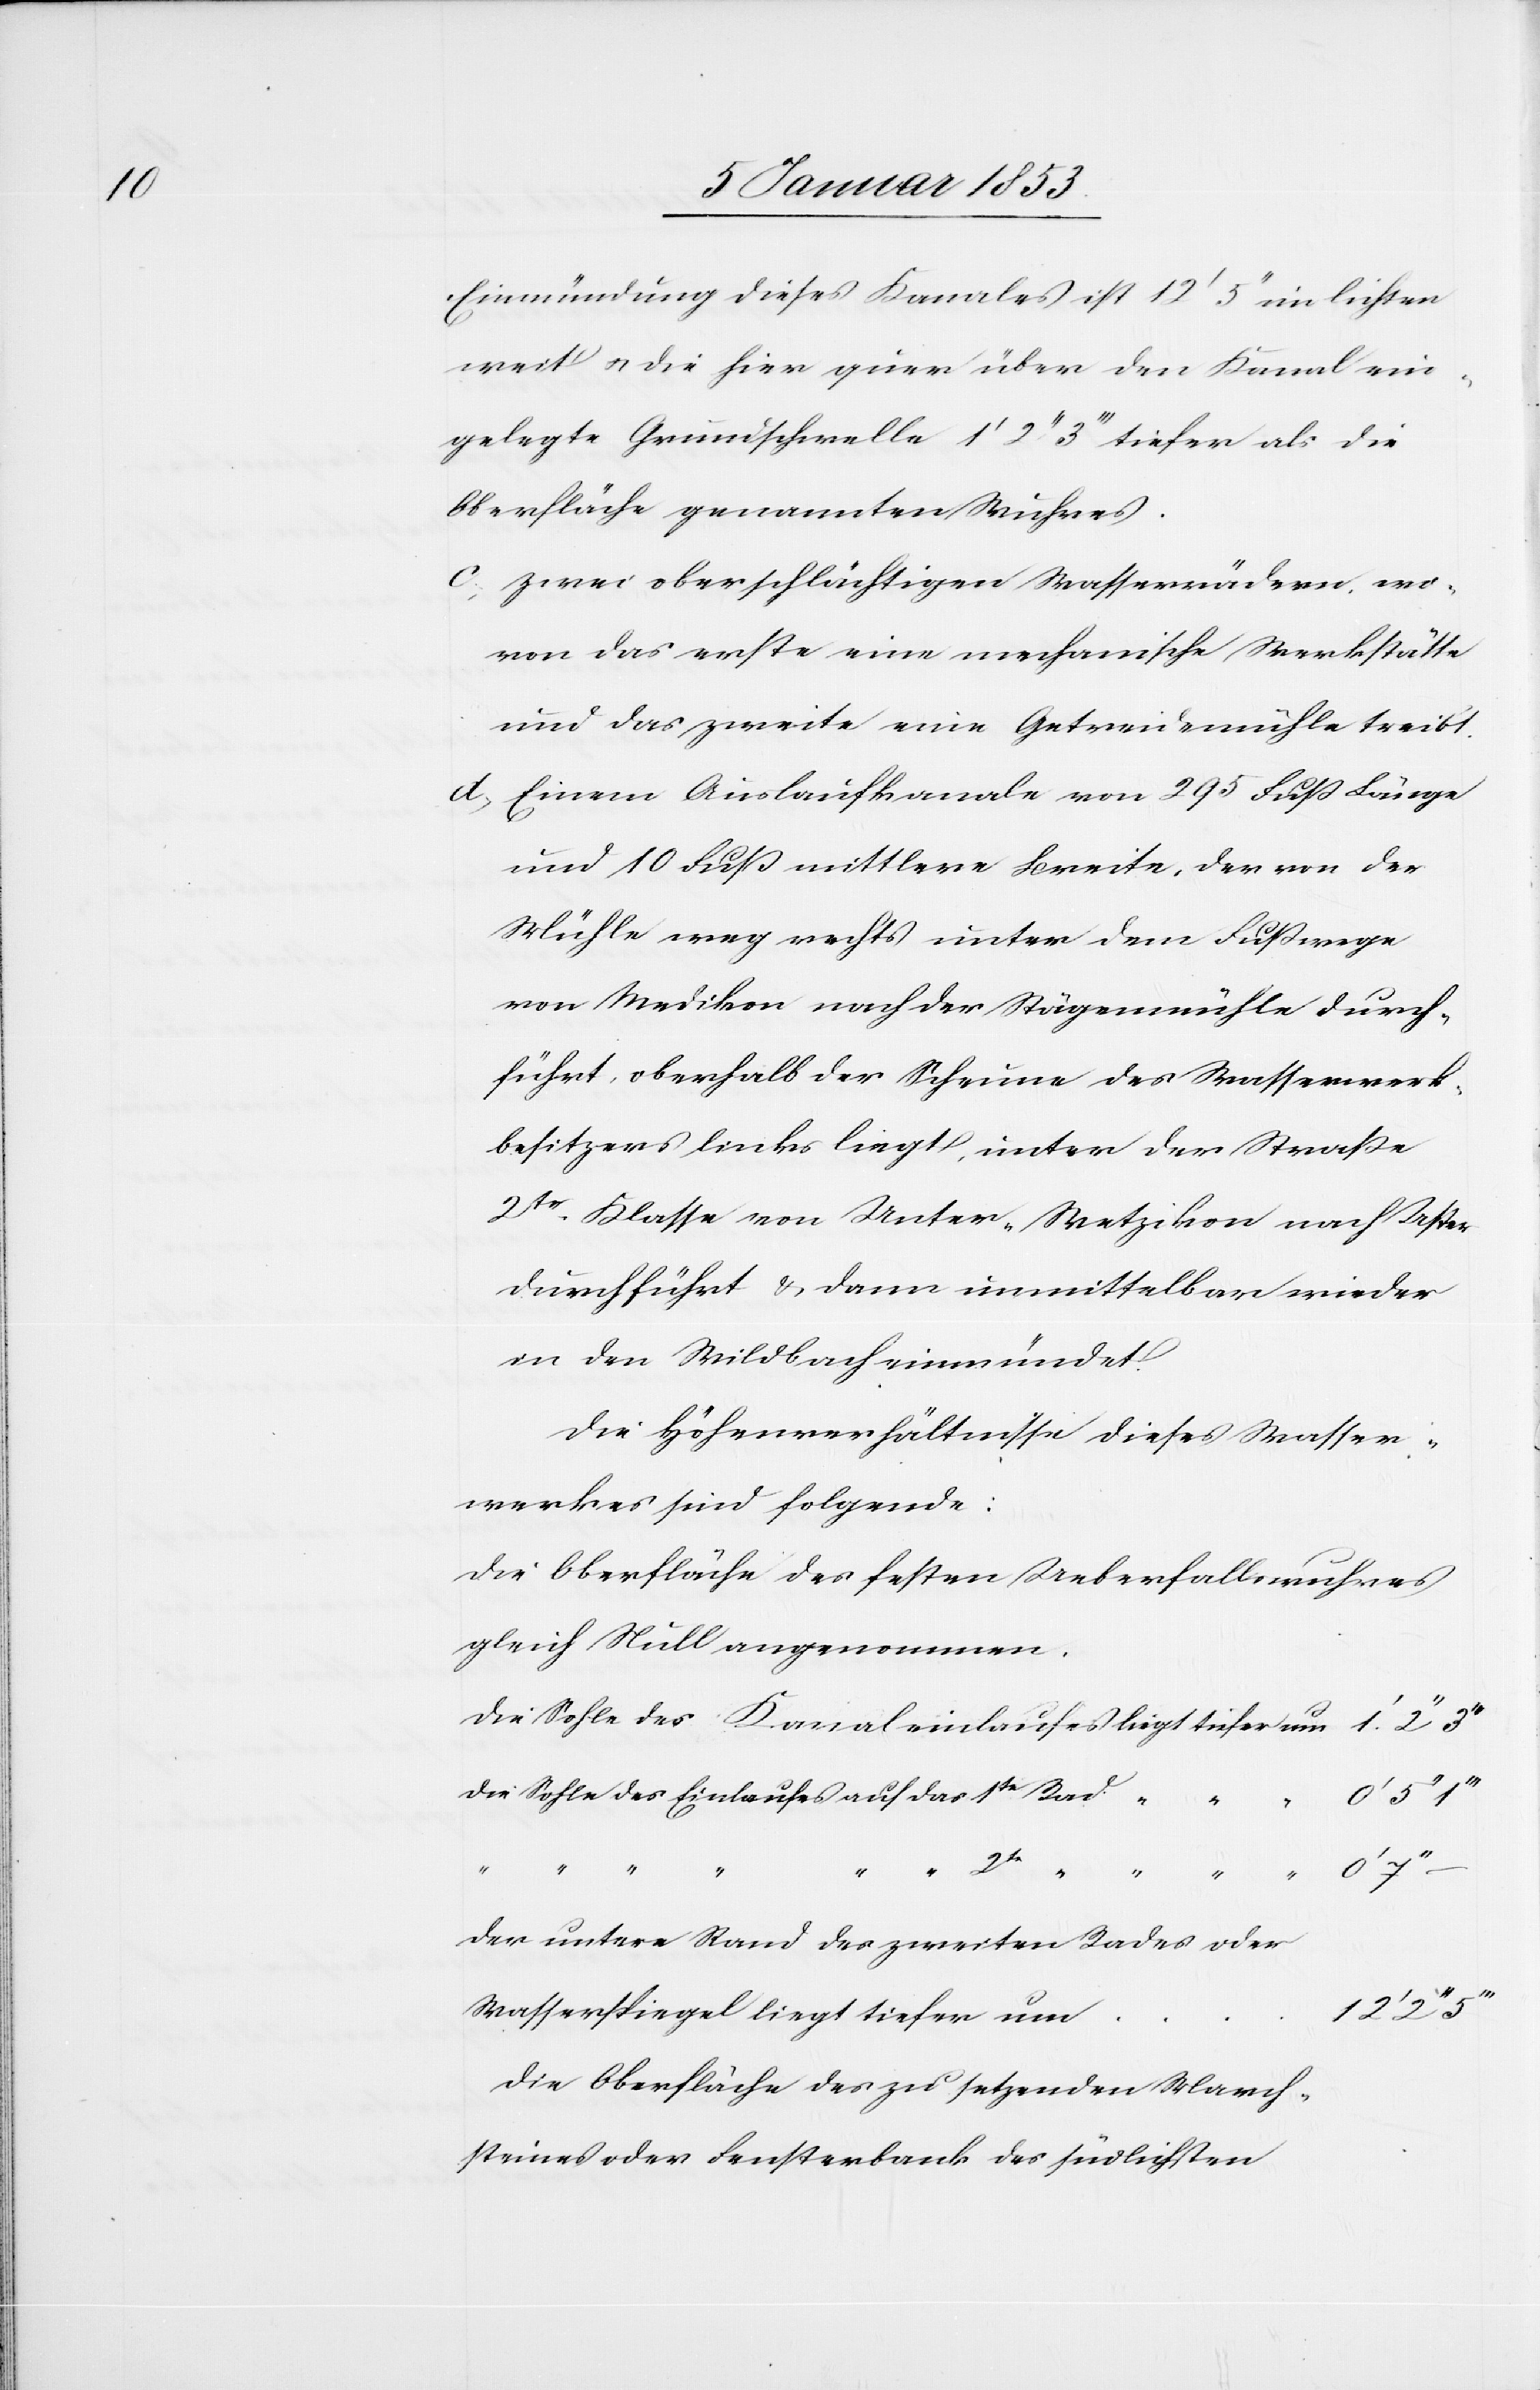
Einmündung dieses Kanales ist 12’ 5’’ im lichten
weit u. die hier quer über den Kanal ein¬
gelegte Grundschwelle 1’ 2’’ 3’’’ tiefer als die
Oberfläche genannten Weihers.
c. Zwei oberschlächtigen Wasserwühren, wo¬
von das erste eine mechanische Werkstätte
und das zweite eine Getreidemühle treibt.
d. Einen Auslaufkanale von 295. Fuß Länge
und 10. Fuß mittlere Breite, der von der
Mühle weg rechts unter dem Fußwege
von Medikon nach der Stägenmühle durch¬
führt, oberhalb der Scheune des Wasserwerk¬
besitzers links liegt, unter der Straße
2tr. Klasse von Unter-Wetzikon nach Uster
durchführt u. dann unmittelbar wieder
in den Wildbach einmündet.
Die Höhenverhältnisse dieses Wasser¬
werkes sind folgende:
die Oberfläche des festen Ueberfallswuhres
gleich Null angenommen.
die Sohle des Kanaleinlaufes 	liegt tiefer um		1’ 2’’
die Sohle des Einlaufes auf das 1te.
m	12’
der untere Rand des zweiten Rades oder
Wasserspiegel liegt tiefer u¬
die Oberfläche des zu setzenden March¬
steines oder Fensterbank des südlichsten